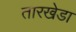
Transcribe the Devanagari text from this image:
तारखेडा